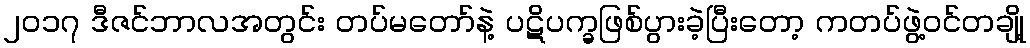
၂၀၁၇ ဒီဇင်ဘာလအတွင်း တပ်မတော်နဲ့ ပဋိပက္ခဖြစ်ပွားခဲ့ပြီးတော့ ကတပ်ဖွဲ့ဝင်တချို့